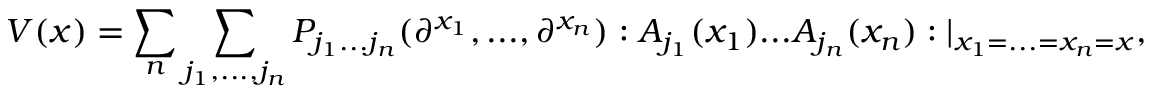
V ( x ) = \sum _ { n } \sum _ { j _ { 1 } , . . . , j _ { n } } P _ { j _ { 1 } . . . j _ { n } } ( \partial ^ { x _ { 1 } } , . . . , \partial ^ { x _ { n } } ) : A _ { j _ { 1 } } ( x _ { 1 } ) . . . A _ { j _ { n } } ( x _ { n } ) : | _ { x _ { 1 } = . . . = x _ { n } = x } ,